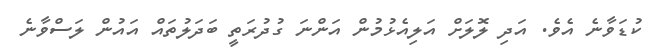
ކުޑަވާނެ އެވެ. އަދި ލޮލަށް އަލިއެޅުމުން އަންނަ ގުދުރަތީ ބަދަލުތައް އައުން ލަސްވާނެ